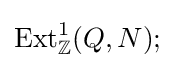
\operatorname {Ext} _{\mathbb {Z} }^{1}(Q,N);